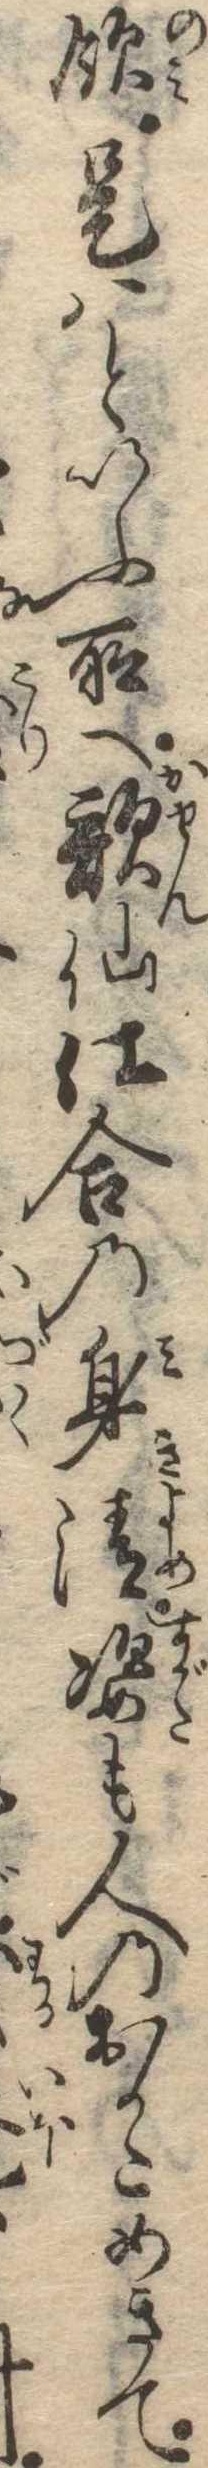
飲是はといふ所へ歌仙仕合の身清姿も人のおかためきて